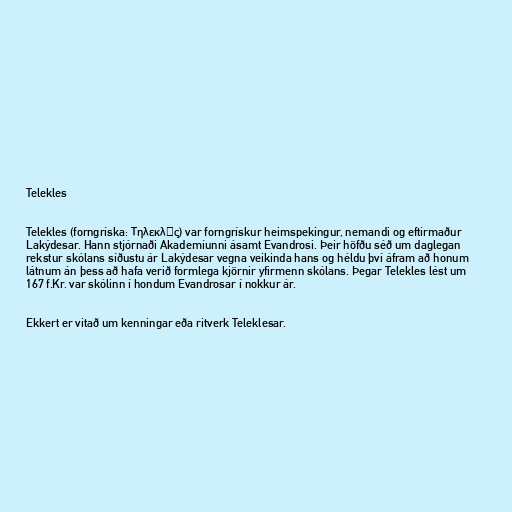
Telekles

Telekles (forngríska: Τηλεκλῆς) var forngrískur heimspekingur, nemandi og eftirmaður
Lakýdesar. Hann stjórnaði Akademíunni ásamt Evandrosi. Þeir höfðu séð um daglegan
rekstur skólans síðustu ár Lakýdesar vegna veikinda hans og héldu því áfram að honum
látnum án þess að hafa verið formlega kjörnir yfirmenn skólans. Þegar Telekles lést um
167 f.Kr. var skólinn í hondum Evandrosar í nokkur ár.

Ekkert er vitað um kenningar eða ritverk Teleklesar.